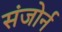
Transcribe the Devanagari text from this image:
संजोर्न